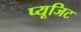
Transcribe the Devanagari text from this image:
प्यूजिट